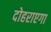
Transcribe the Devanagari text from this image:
दोहराएगा